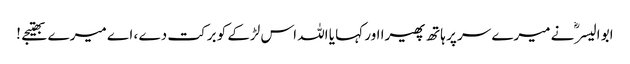
ابو الیسرؓ نے میرے سر پر ہاتھ پھیرا اور کہا یا اللہ اس لڑکے کو برکت دے ، اے میرے بھتیجے !